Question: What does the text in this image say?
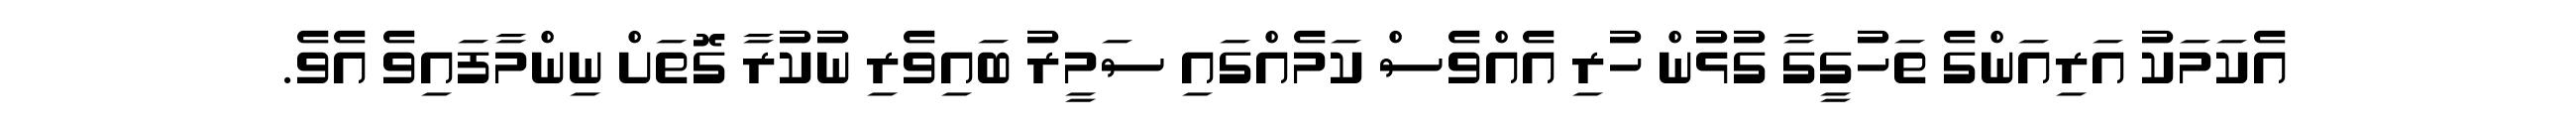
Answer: އެކަމަކު އަރިއަންގެ ތަހުގީގާ ގުޅުން ހުރި އެއްވެސް ކަމެއްގައި ސަމީރު ބައިވެރި ނުކުރާ ގޮތަށް ނިންމާފައިވެ އެވެ.